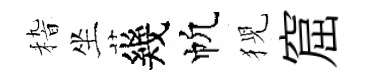
𥟵坐幾帆猊窟